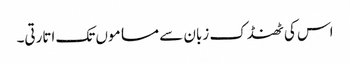
اس کی ٹھنڈک زبان سے مساموں تک اتارتی۔